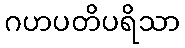
ဂဟပတိပရိသာ